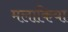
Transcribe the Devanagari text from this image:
मलाकिया